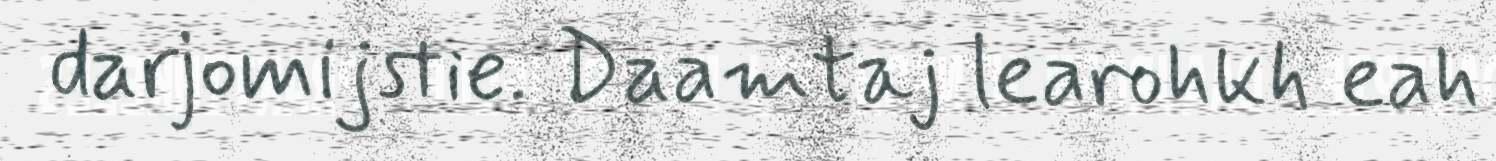
darjomijstie. Daamtaj learohkh eah